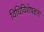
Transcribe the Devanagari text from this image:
विधिविशेषज्ञता